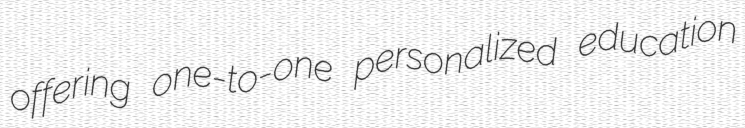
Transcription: offering one-to-one personalized education